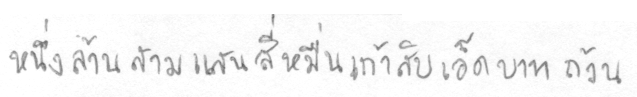
หนึ่งล้านสามแสนสี่หมื่นเก้าสิบเอ็ดบาทถ้วน